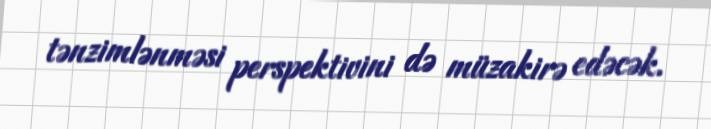
tənzimlənməsi perspektivini də müzakirə edəcək.